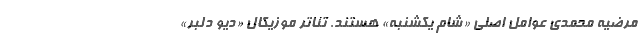
مرضیه محمدی عوامل اصلی «شام یکشنبه» هستند. تئاتر موزیکال «دیو دلبر»